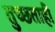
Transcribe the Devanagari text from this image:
तुच्छताही